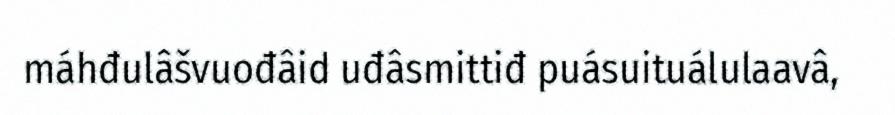
máhđulâšvuođâid uđâsmittiđ puásuituálulaavâ,